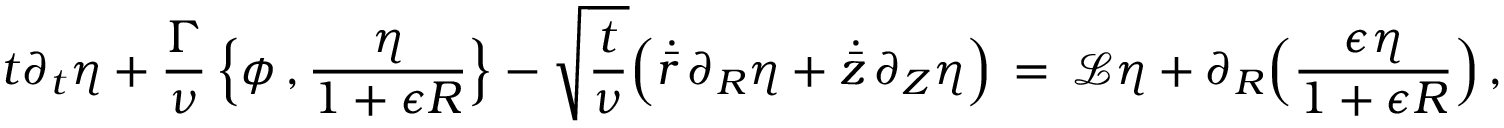
t \partial _ { t } \eta + \frac { \Gamma } { \nu } \, \Bigl \{ \phi \, , \frac { \eta } { 1 + \epsilon R } \Bigr \} - \sqrt { \frac { t } { \nu } } \Bigl ( \dot { \bar { r } } \, \partial _ { R } \eta + \dot { \bar { z } } \, \partial _ { Z } \eta \Bigr ) \, = \, \mathcal { L } \eta + \partial _ { R } \Bigl ( \frac { \epsilon \eta } { 1 + \epsilon R } \Bigr ) \, ,